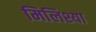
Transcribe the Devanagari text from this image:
मिलिश्या